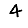
Digit: 4